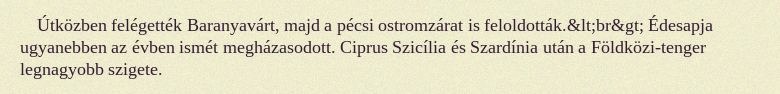
Útközben felégették Baranyavárt, majd a pécsi ostromzárat is feloldották.&lt;br&gt; Édesapja ugyanebben az évben ismét megházasodott. Ciprus Szicília és Szardínia után a Földközi-tenger legnagyobb szigete.